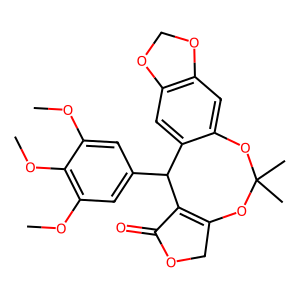
SMILES: COc1cc(C2C3=C(COC3=O)OC(C)(C)Oc3cc4c(cc32)OCO4)cc(OC)c1OC
Inhibits HIV replication: No